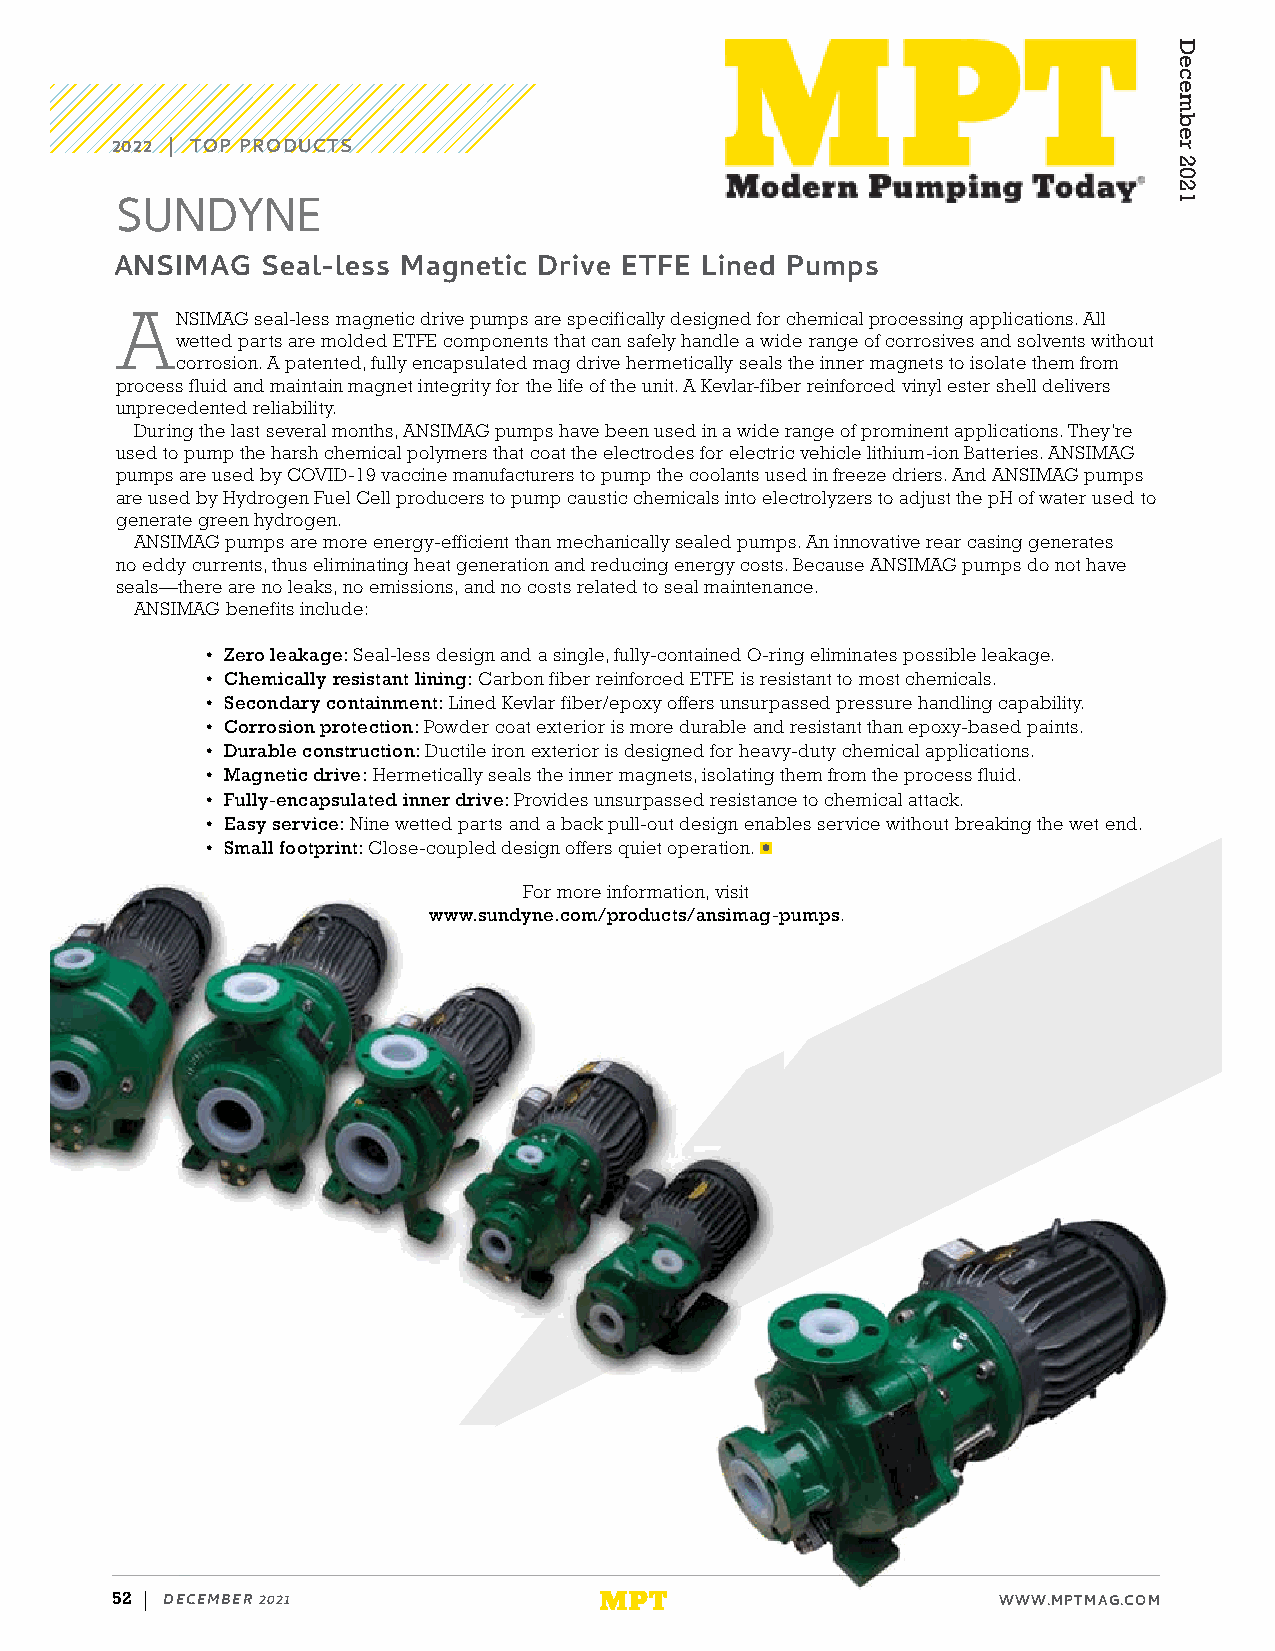
2022 | TOP PRODUCTS
 SUNDYNE
 ANSIMAG  Seal-less Magnetic Drive ETFE Lined Pumps
 A
 NSIMAG seal-less magnetic drive pumps are specifically designed for chemical processing applications. All
 wetted parts are molded ETFE components that can safely handle a wide range of corrosives and solvents without
 corrosion. A patented, fully encapsulated mag drive hermetically seals the inner magnets to isolate them from
 process fluid and maintain magnet integrity for the life of the unit. A Kevlar-fiber reinforced vinyl ester shell delivers
 unprecedented reliability.
 During the last several months, ANSIMAG pumps have been used in a wide range of prominent applications. They’re
 used to pump the harsh chemical polymers that coat the electrodes for electric vehicle lithium-ion Batteries. ANSIMAG
 pumps are used by COVID-19 vaccine manufacturers to pump the coolants used in freeze driers. And ANSIMAG pumps
 are used by Hydrogen Fuel Cell producers to pump caustic chemicals into electrolyzers to adjust the pH of water used to
 generate green hydrogen.
 ANSIMAG pumps are more energy-efficient than mechanically sealed pumps. An innovative rear casing generates
 no eddy currents, thus eliminating heat generation and reducing energy costs. Because ANSIMAG pumps do not have
 seals—there are no leaks, no emissions, and no costs related to seal maintenance.
 ANSIMAG benefits include:
 • Zero leakage: Seal-less design and a single, fully-contained O-ring eliminates possible leakage.
 • Chemically resistant lining: Carbon fiber reinforced ETFE is resistant to most chemicals.
 • Secondary containment: Lined Kevlar fiber/epoxy offers unsurpassed pressure handling capability.
 • Corrosion protection: Powder coat exterior is more durable and resistant than epoxy-based paints.
 • Durable construction: Ductile iron exterior is designed for heavy-duty chemical applications.
 • Magnetic drive: Hermetically seals the inner magnets, isolating them from the process fluid.
 • Fully-encapsulated inner drive: Provides unsurpassed resistance to chemical attack.
 • Easy service: Nine wetted parts and a back pull-out design enables service without breaking the wet end.
 • Small footprint: Close-coupled design offers quiet operation.
 For more information, visit
 www.sundyne.com/products/ansimag-pumps.
 52 | DECEMBER 2021               MPT                       WWW.MPTMAG.COM
 December
 2021